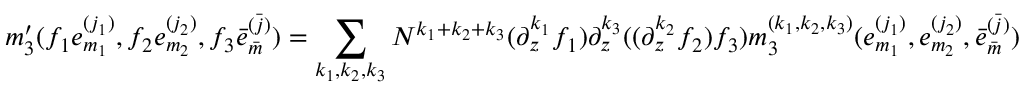
m _ { 3 } ^ { \prime } ( f _ { 1 } e _ { m _ { 1 } } ^ { ( j _ { 1 } ) } , f _ { 2 } e _ { m _ { 2 } } ^ { ( j _ { 2 } ) } , f _ { 3 } \bar { e } _ { \bar { m } } ^ { \bar { ( j ) } } ) = \sum _ { k _ { 1 } , k _ { 2 } , k _ { 3 } } N ^ { k _ { 1 } + k _ { 2 } + k _ { 3 } } ( \partial _ { z } ^ { k _ { 1 } } f _ { 1 } ) \partial _ { z } ^ { k _ { 3 } } ( ( \partial _ { z } ^ { k _ { 2 } } f _ { 2 } ) f _ { 3 } ) m _ { 3 } ^ { ( k _ { 1 } , k _ { 2 } , k _ { 3 } ) } ( e _ { m _ { 1 } } ^ { ( j _ { 1 } ) } , e _ { m _ { 2 } } ^ { ( j _ { 2 } ) } , \bar { e } _ { \bar { m } } ^ { \bar { ( j ) } } )